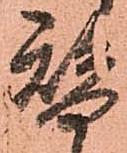
替